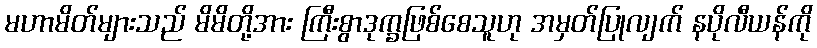
မဟာမိတ်များသည် မိမိတို့အား ကြီးစွာဒုက္ခဖြစ်စေသူဟု အမှတ်ပြုလျက် နပိုလီယန်ကို